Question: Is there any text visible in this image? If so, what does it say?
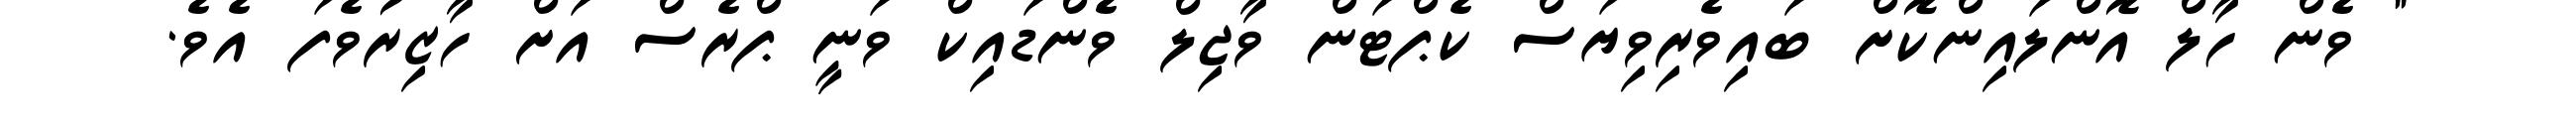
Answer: " ވެން ހާލް އޮންލައިންކޮށް ބައިވެރިވިޔަސް ކެޕްޓަން ވާޖިލް ވެންޑައިކް ވަނީ ޕްރެސް އަށް ހާޒިރުވެފަ އެވެ.